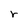
Character: r